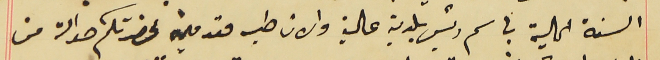
السنة الحالية باسم رئيس بلدية عالية والان طيه مقدمين لحضرتكم حوالة من